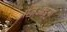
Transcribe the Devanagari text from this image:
अंजिओड़र्मा